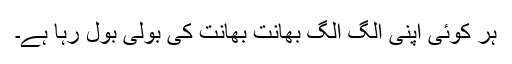
ہر کوئی اپنی الگ الگ بھانت بھانت کی بولی بول رہا ہے۔